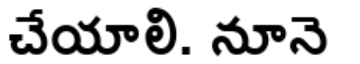
చేయాలి. నూనె